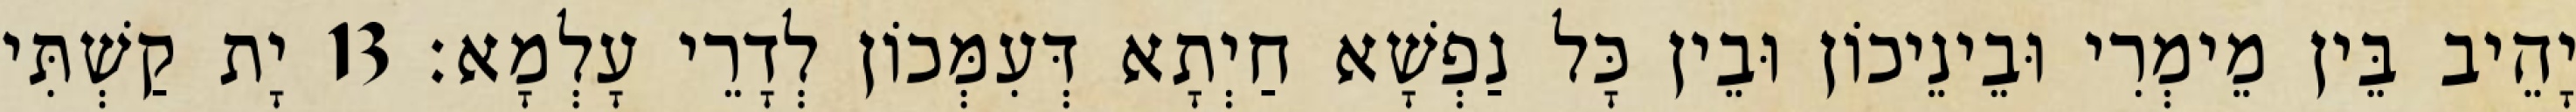
יָהֵיב בֵּין מֵימְרִי וּבֵינֵיכוֹן וּבֵין כָּל נַפְשָׁא חַיְתָא דְּעִמְּכוֹן לְדָרֵי עָלְמָא׃ 13 יָת קַשְׁתִּי